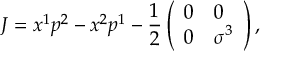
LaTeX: J = x ^ { 1 } p ^ { 2 } - x ^ { 2 } p ^ { 1 } - { \frac { 1 } { 2 } } \left( \begin{array} { l l } { { 0 } } & { { 0 } } \\ { { 0 } } & { { \sigma ^ { 3 } } } \end{array} \right) ,